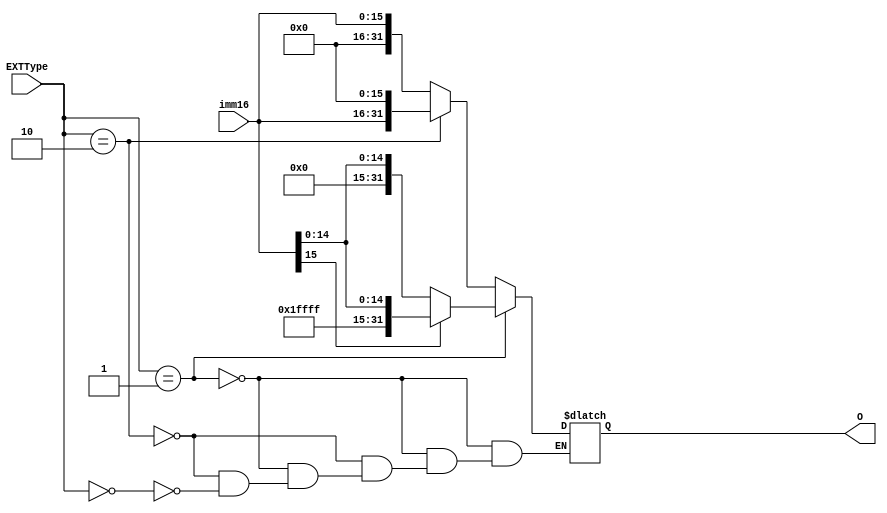
`timescale 1ns / 1ps
//////////////////////////////////////////////////////////////////////////////////
// Company: 
// Engineer: 
// 
// Design Name: 
// Module Name:    EXT 
// Project Name: 
// Target Devices: 
// Tool versions: 
// Description: 
//
// Dependencies: 
//
// Revision: 
// Revision 0.01 - File Created
// Additional Comments: 
//
//////////////////////////////////////////////////////////////////////////////////
module EXT(
    input [15:0] imm16,
    input [3:0] EXTType,
    output reg [31:0] O
    );
	 initial begin
		O = 32'h00000000;
	 end
	always@(*) begin
		if (EXTType == 4'b0001) begin
			if (imm16[15] == 1'b1) begin
				O = {16'hffff, imm16};
			end
			else if (imm16[15] == 1'b0) begin
				O = {16'h0000, imm16};
			end
			else begin
			end
		end
		else if (EXTType == 4'b0010) begin
			O = {imm16, 16'h0000};
		end
		else if (EXTType == 4'b0000) begin
			O = {16'h0000, imm16};
		end
		else begin
		end
	end

endmodule